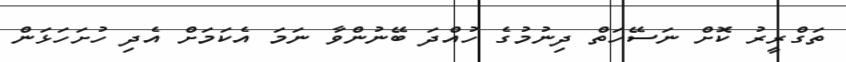
ތަގްރީރު ކޮށް ނަސޭހަތް ދިނުމުގެ ހުއްދަ ބޭނުންވާ ނަމަ އެކަމަށް އެދި ހުށަހަޅަން